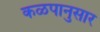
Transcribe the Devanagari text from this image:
कळपानुसार